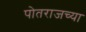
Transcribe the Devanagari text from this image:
पोतराजच्या